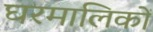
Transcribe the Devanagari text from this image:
घरमालिकों